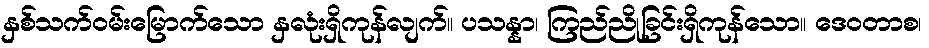
နှစ်သက်ဝမ်းမြောက်သော နှလုံးရှိကုန်လျက်။ ပသန္နာ၊ ကြည်ညိုခြင်းရှိကုန်သော။ ဒေဝတာစ၊